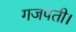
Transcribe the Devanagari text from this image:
गजपती।